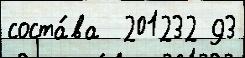
соста́ва  201232 93